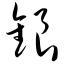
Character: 锒